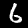
Digit: 6